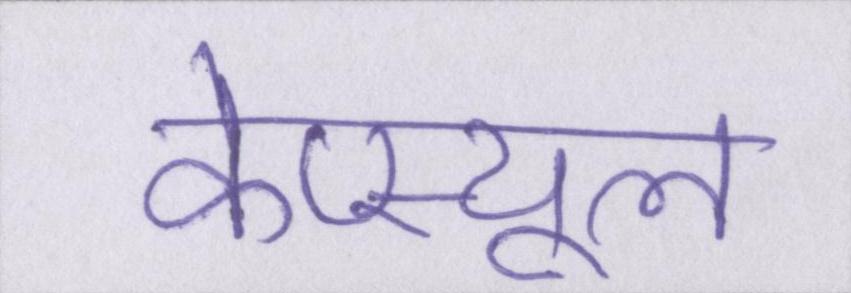
केप्स्यूल